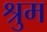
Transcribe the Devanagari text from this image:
श्रुम